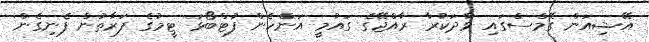
އޭޝިއަން ގޭމްސްގައި ވާދަކުރާ ރާއްޖޭގެ ގައުމީ އަންހެން ފުޓްބޯޅަ ޓީމުގެ ފަރާތުން ފެނިގެން